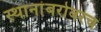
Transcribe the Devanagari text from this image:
स्थानांबरोबरच